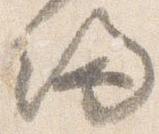
帰